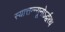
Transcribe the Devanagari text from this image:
स्यात्तन्न्यूनोऽर्द्धरथ